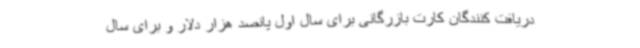
دریافت کنندگان کارت بازرگانی برای سال اول پانصد هزار دلار و برای سال